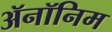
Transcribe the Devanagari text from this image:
ॲनॉनिम